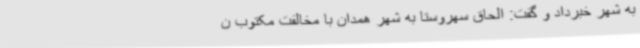
به شهر خبرداد و گفت: الحاق سهروستا به شهر همدان با مخالفت مکتوب ن